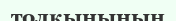
толқынының